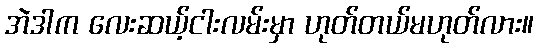
အဲဒါက လေးဆယ့်ငါးလမ်းမှာ ဟုတ်တယ်မဟုတ်လား။